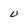
Character: U